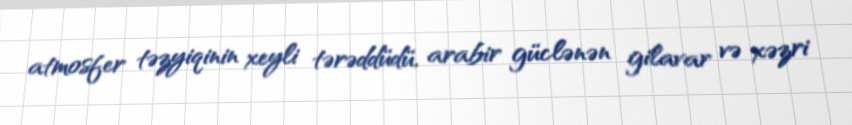
atmosfer təzyiqinin xeyli tərəddüdü, arabir güclənən gilavar və xəzri